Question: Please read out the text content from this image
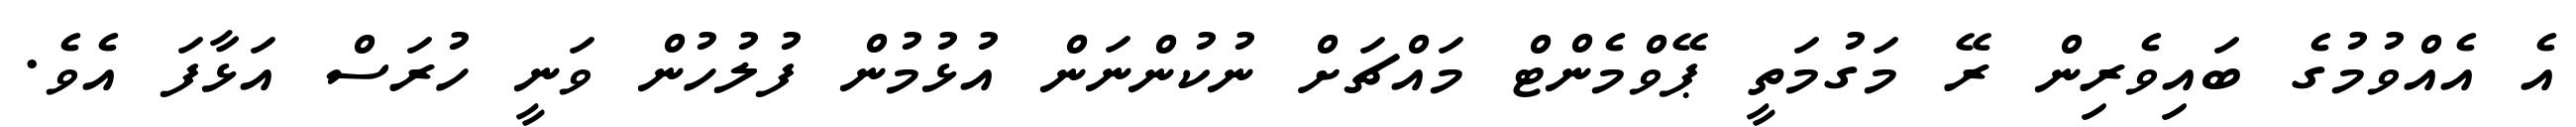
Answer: އެ އެއްވުމުގެ ބައިވެރިން ރޭ މަގުމަތީ ޕޭވްމެންޓް މައްޗަށް ނުކުންނަން އުޅުމުން ފުލުހުން ވަނީ ހުރަސް އަޅާފަ އެވެ.